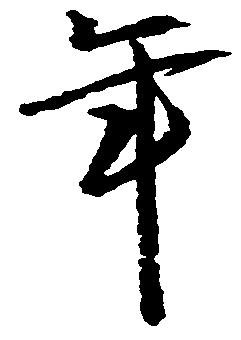
年